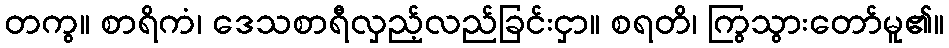
တကွ။ စာရိကံ၊ ဒေသစာရီလှည့်လည်ခြင်းငှာ။ စရတိ၊ ကြွသွားတော်မူ၏။